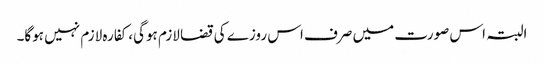
البتہ اس صورت میں صرف اس روزے کی قضا لازم ہوگی، کفارہ لازم نہیں ہوگا۔